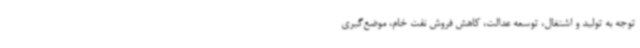
توجه به تولید و اشتغال، توسعه عدالت، کاهش فروش نفت خام، موضع‌گیری